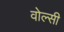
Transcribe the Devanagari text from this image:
वोल्सी